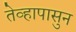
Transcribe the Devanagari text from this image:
तेव्हापासुन